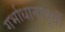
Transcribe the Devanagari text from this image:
गर्भाधानापूर्वी